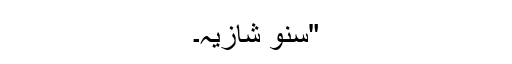
"سنو شازیہ۔